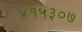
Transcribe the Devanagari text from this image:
४१५३०७